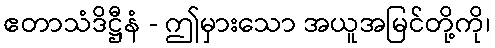
ဧတာသံဒိဋ္ဌီနံ - ဤမှားသော အယူအမြင်တို့ကို၊